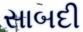
સાબદી